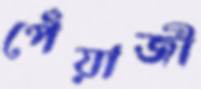
পেঁয়াজী